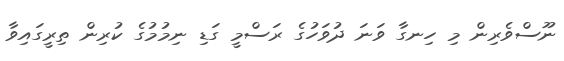
ނޫސްވެރިން މި ހިނގާ ވަނަ ދުވަހުގެ ރަސްމީ ގަޑި ނިމުމުގެ ކުރިން ތިރީގައިވާ